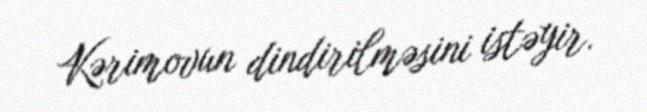
Kərimovun dindirilməsini istəyir.